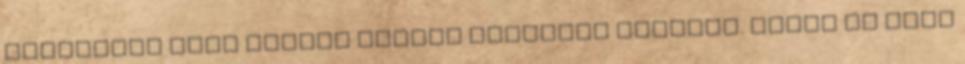
megvonása vagy hiánya minden fájdalom gyökere. Mikor az adás